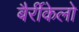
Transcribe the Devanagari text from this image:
बैर्रीकेलो